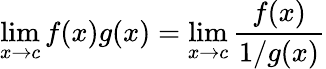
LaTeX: \operatorname*{lim}_{x\to c}f(x)g(x)=\operatorname*{lim}_{x\to c}{\frac{f(x)}{1/g(x)}}